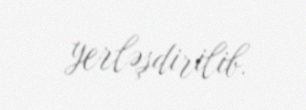
yerləşdirilib.